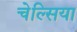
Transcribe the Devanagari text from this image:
चेल्‍िसया